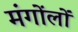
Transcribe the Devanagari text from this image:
मंगोंलों